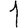
Digit: 1